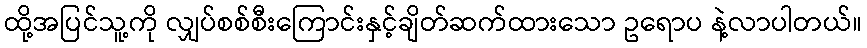
ထို့အပြင်သူ့ကို လျှပ်စစ်စီးကြောင်းနှင့်ချိတ်ဆက်ထားသော ဥရောပ နဲ့လာပါတယ်။